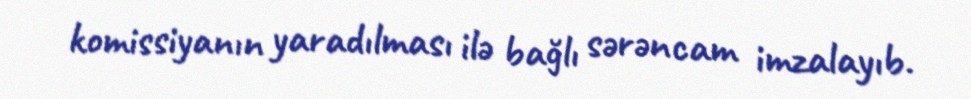
komissiyanın yaradılması ilə bağlı sərəncam imzalayıb.